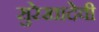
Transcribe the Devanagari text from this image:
सुरेखादेवी